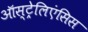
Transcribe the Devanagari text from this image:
ऑस्ट्रेलिएंसिस